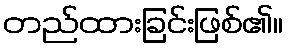
တည်ထားခြင်းဖြစ်၏။